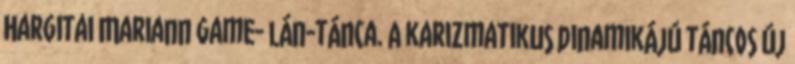
Hargitai Mariann game- lán-tánca. A karizmatikus dinamikájú táncos új